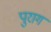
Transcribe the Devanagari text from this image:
पुराग